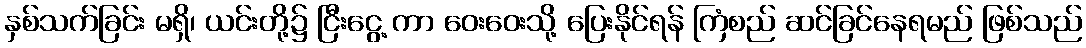
နှစ်သက်ခြင်း မရှိ၊ ယင်းတို့၌ ငြီးငွေ့ ကာ ဝေးဝေးသို့ ပြေးနိုင်ရန် ကြံစည် ဆင်ခြင်နေရမည် ဖြစ်သည်